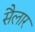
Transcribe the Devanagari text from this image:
सैलार